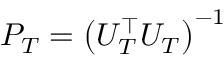
P _ { T } = \left( U _ { T } ^ { \top } U _ { T } \right) ^ { - 1 }